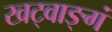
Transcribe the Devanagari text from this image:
खट्वाङ्गं